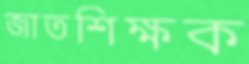
জাতশিক্ষক